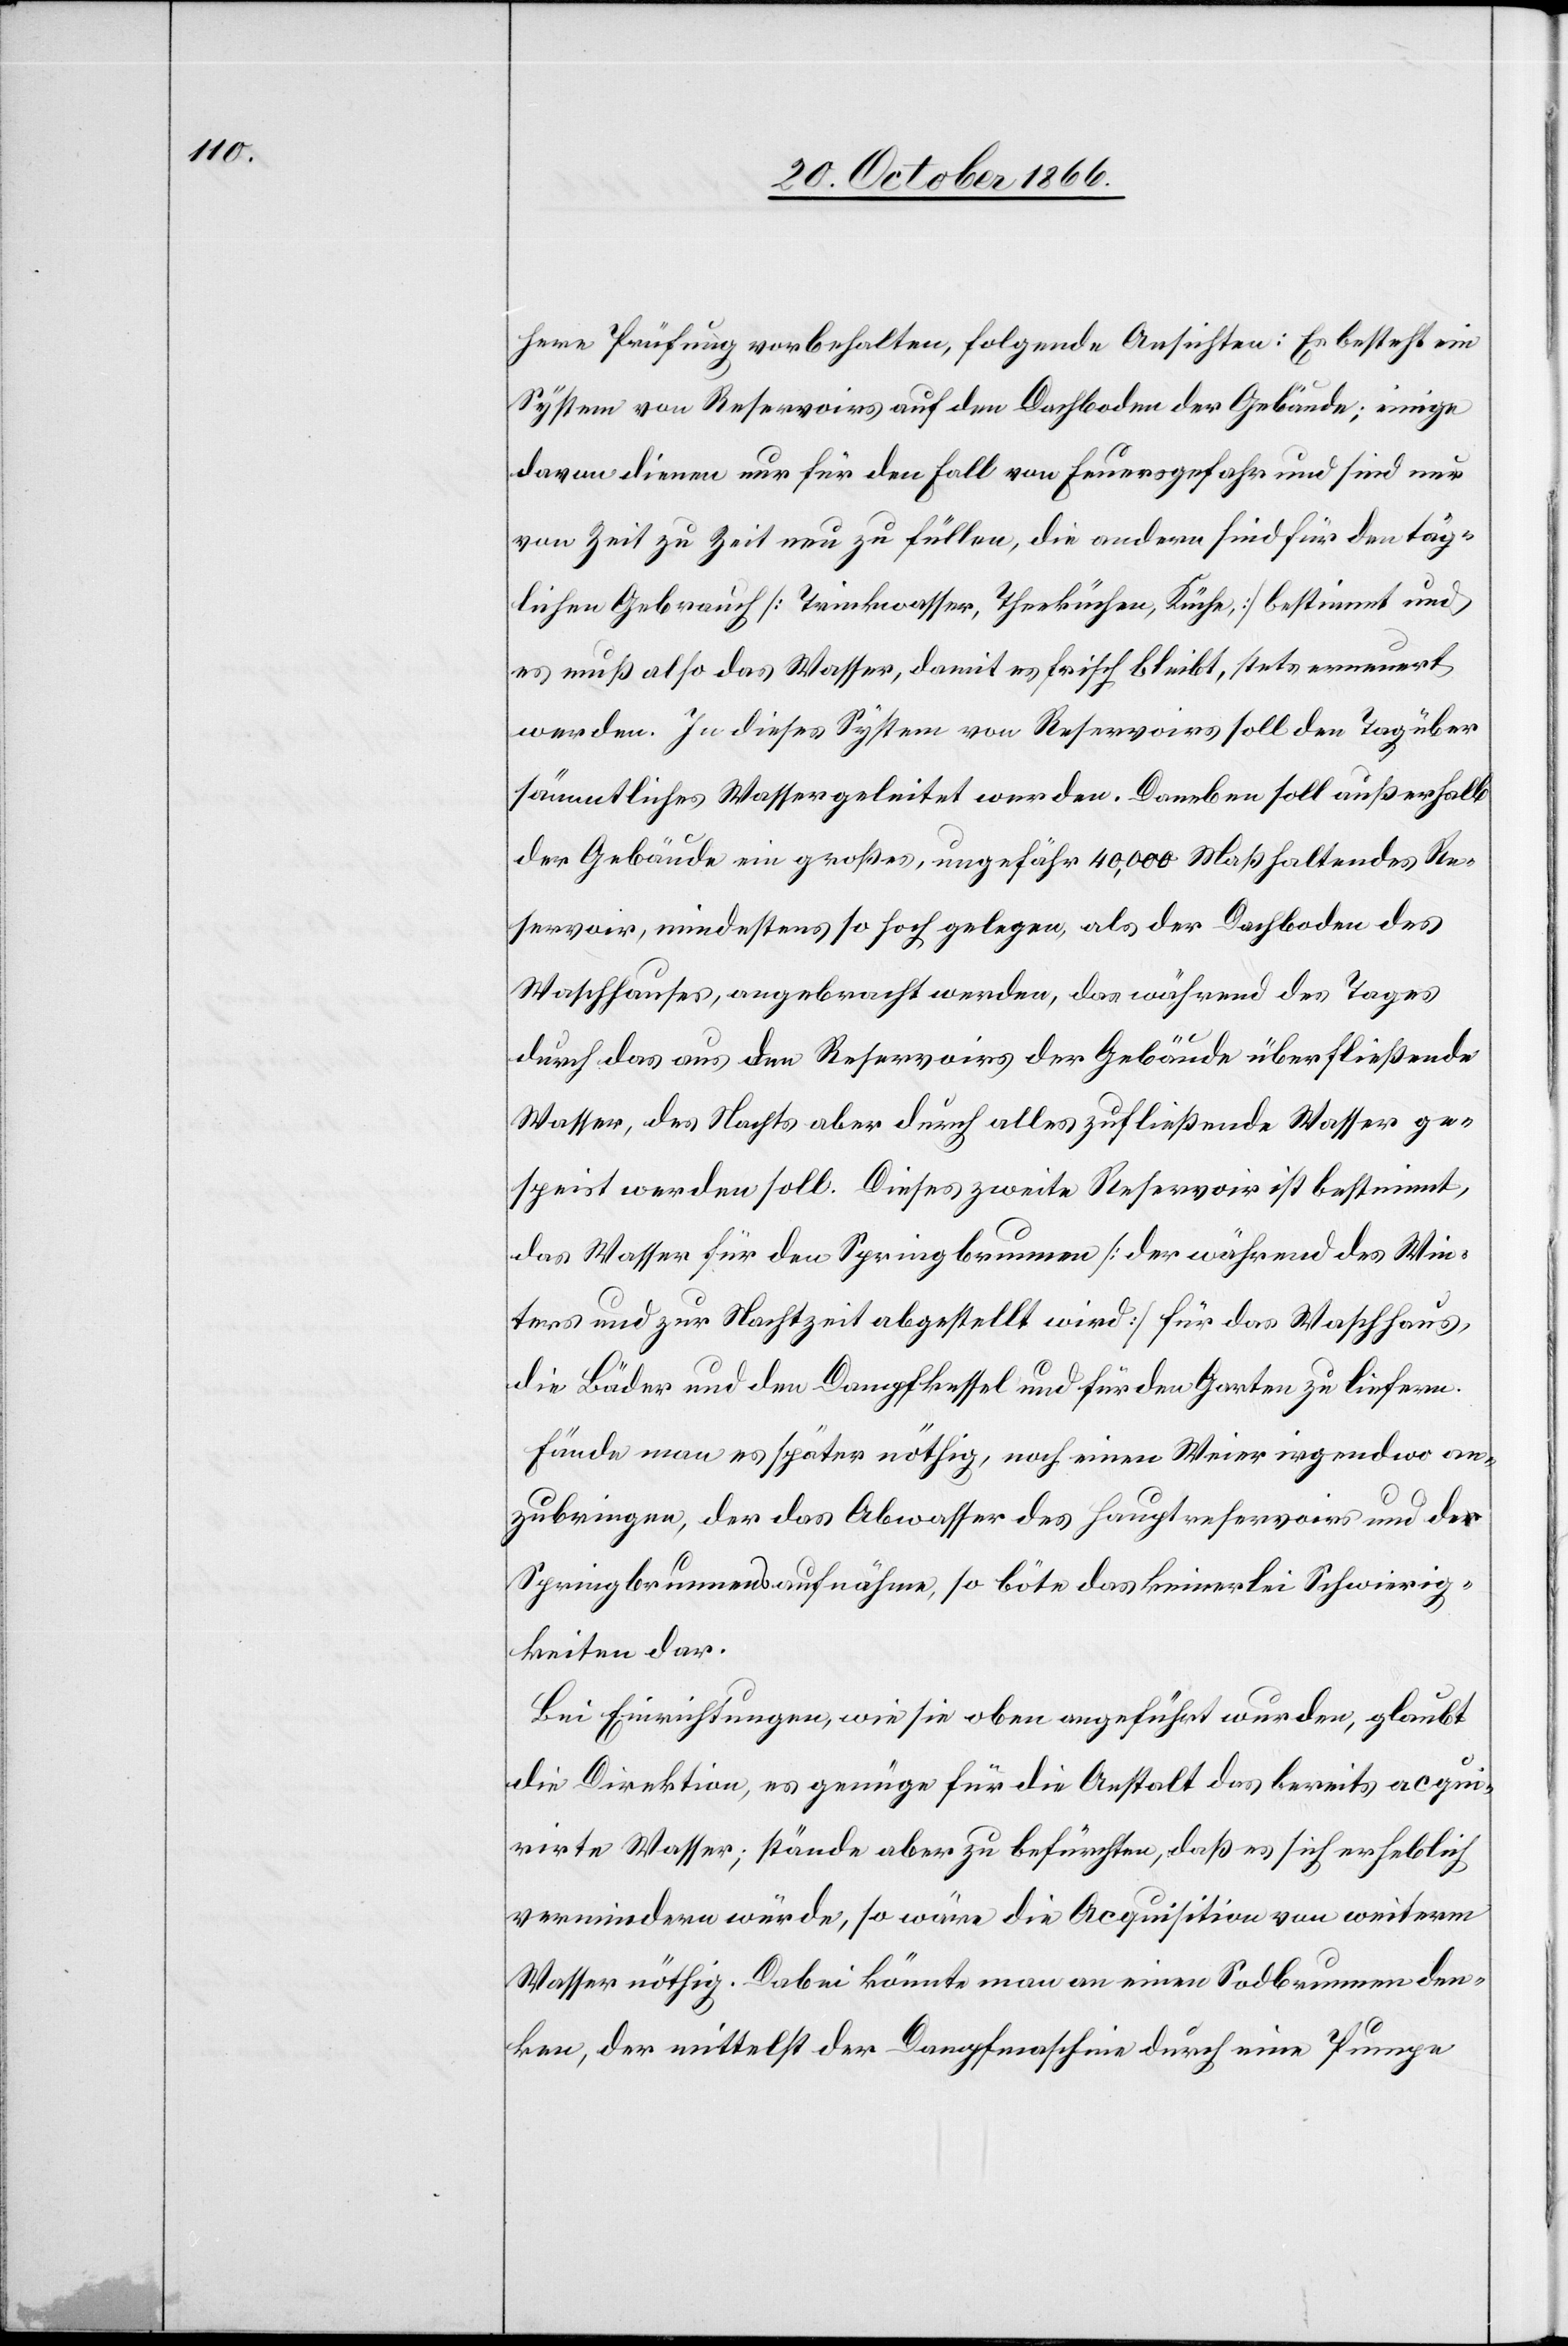
here Prüfung vorbehalten, folgende Ansichten: Es besteht ein
System von Reservoirs auf den Dachboden der Gebäude; einige
davon dienen nur für den Fall von Feuersgefahr und sind nur
von Zeit zu Zeit neu zu füllen, die andern sind für den täg¬
lichen Gebrauch [Trinkwasser, Theeküchen, Küche] bestimmt und
es muß also das Wasser, damit es frisch bleibt, stets erneuert
werden. In dieses System von Reservoirs soll den Tag über
sämmtliches Wasser geleitet werden. Daneben soll außerhalb
der Gebäude ein großes, ungefähr 40 000 Maß haltendes Re¬
servoir, mindestens so hoch gelegen, als der Dachboden des
Waschhauses, angebracht werden, das während des Tages
durch das aus den Reservoirs der Gebäude überfließende
Wasser, des Nachts aber durch alles zufließende Wasser ge¬
speist werden soll. Dieses zweite Reservoir ist bestimmt,
das Wasser für den Springbrunnen [der während des Win¬
ters und zur Nachtzeit abgestellt wird] für das Waschhaus,
die Bäder und den Dampfkessel und für den Garten zu liefern.
Fände man es später nöthig, noch einen Weier irgendwo an¬
zubringen, der das Abwasser des Hauptreservoirs und des
Springbrunnens aufnähme, so böte das keinerlei Schwierig¬
keiten dar.
Bei Einrichtungen, wie sie oben angeführt wurden, glaubt
die Direktion, es genüge für die Anstalt das bereits acqui¬
rirte Wasser; stände aber zu befürchten, daß es sich erheblich
vermindern würde, so wäre die Acquisition von weiterm
Wasser nöthig. Dabei könnte man an einen Sodbrunnen den¬
ken, der mittelst der Dampfmaschine durch eine Pumpe